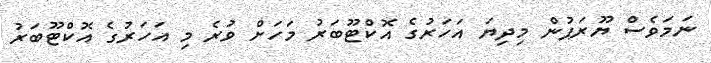
ނަމަވެސް ޔޫރަޕުން މިދިޔަ އަހަރުގެ އޮކްޓޫބަރު މަހަށް ވުރެ މި އަހަރުގެ އޮކްޓޫބަރު